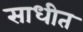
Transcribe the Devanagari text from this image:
साधीत